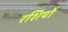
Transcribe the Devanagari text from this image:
रशियों